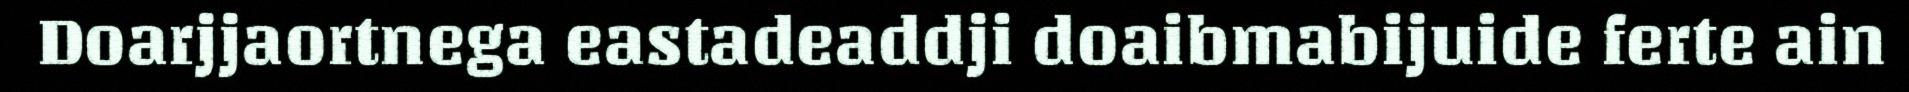
Doarjjaortnega eastadeaddji doaibmabijuide ferte ain